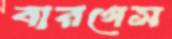
বারগেস